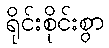
ရိုင်းစိုင်းစွာ